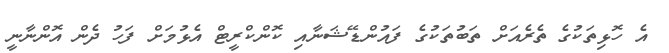
އެ ހޮޅިތަކުގެ ތެރެއަށް ތަބުތަކުގެ ފައުންޑޭޝަނާއި ކޮންކްރީޓް އެޅުމަށް ފަހު ދެން އޮންނާނީ